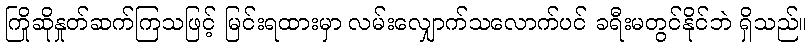
ကြိုဆိုနှုတ်ဆက်ကြသဖြင့် မြင်းရထားမှာ လမ်းလျှောက်သလောက်ပင် ခရီးမတွင်နိုင်ဘဲ ရှိသည်။